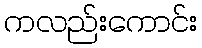
ကလည်းကောင်း